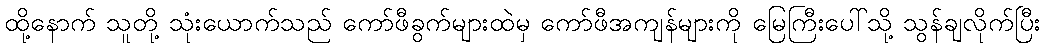
ထို့နောက် သူတို့ သုံးယောက်သည် ကော်ဖီခွက်များထဲမှ ကော်ဖီအကျန်များကို မြေကြီးပေါ်သို့ သွန်ချလိုက်ပြီး